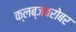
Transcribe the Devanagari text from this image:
क्लब्जबरोबर